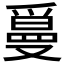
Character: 𤔫